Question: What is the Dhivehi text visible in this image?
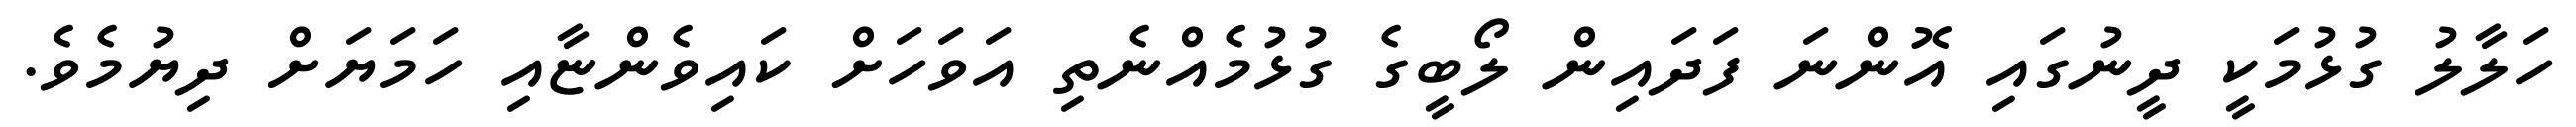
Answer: ހަލާލު ގުޅުމަކީ ދީނުގައި އޮންނަ ފަދައިން ލޯބީގެ ގުޅުމެއްނެތި އަވަހަށް ކައިވެންޏާއި ހަމަޔަށް ދިޔުމެވެ.